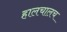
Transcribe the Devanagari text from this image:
हालचालच